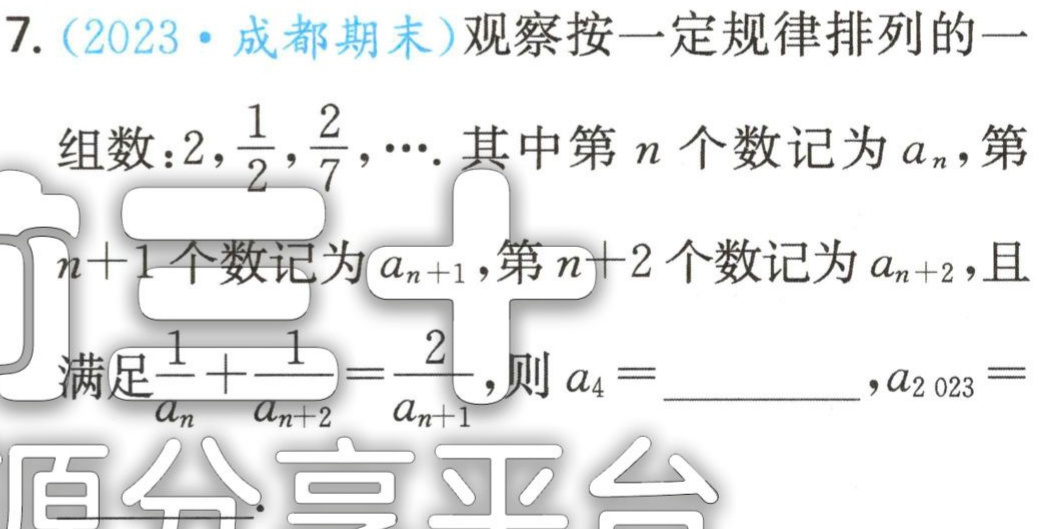
7. (2023·成都期末)观察按一定规律排列的一
组数：$2,\frac{1}{2},\frac{2}{7},\cdots$. 其中第$n$个数记为$a_{n}$，第
$n + 1$个数记为$a_{n + 1}$，第$n + 2$个数记为$a_{n + 2}$，且
满足$\frac{1}{a_{n}}+\frac{1}{a_{n + 2}}=\frac{2}{a_{n + 1}}$，则$a_{4} =$__________，$a_{2 023}=$__________.